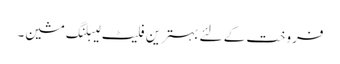
فروخت کے لئے بہترین فلیٹ لیبلنگ مشین۔